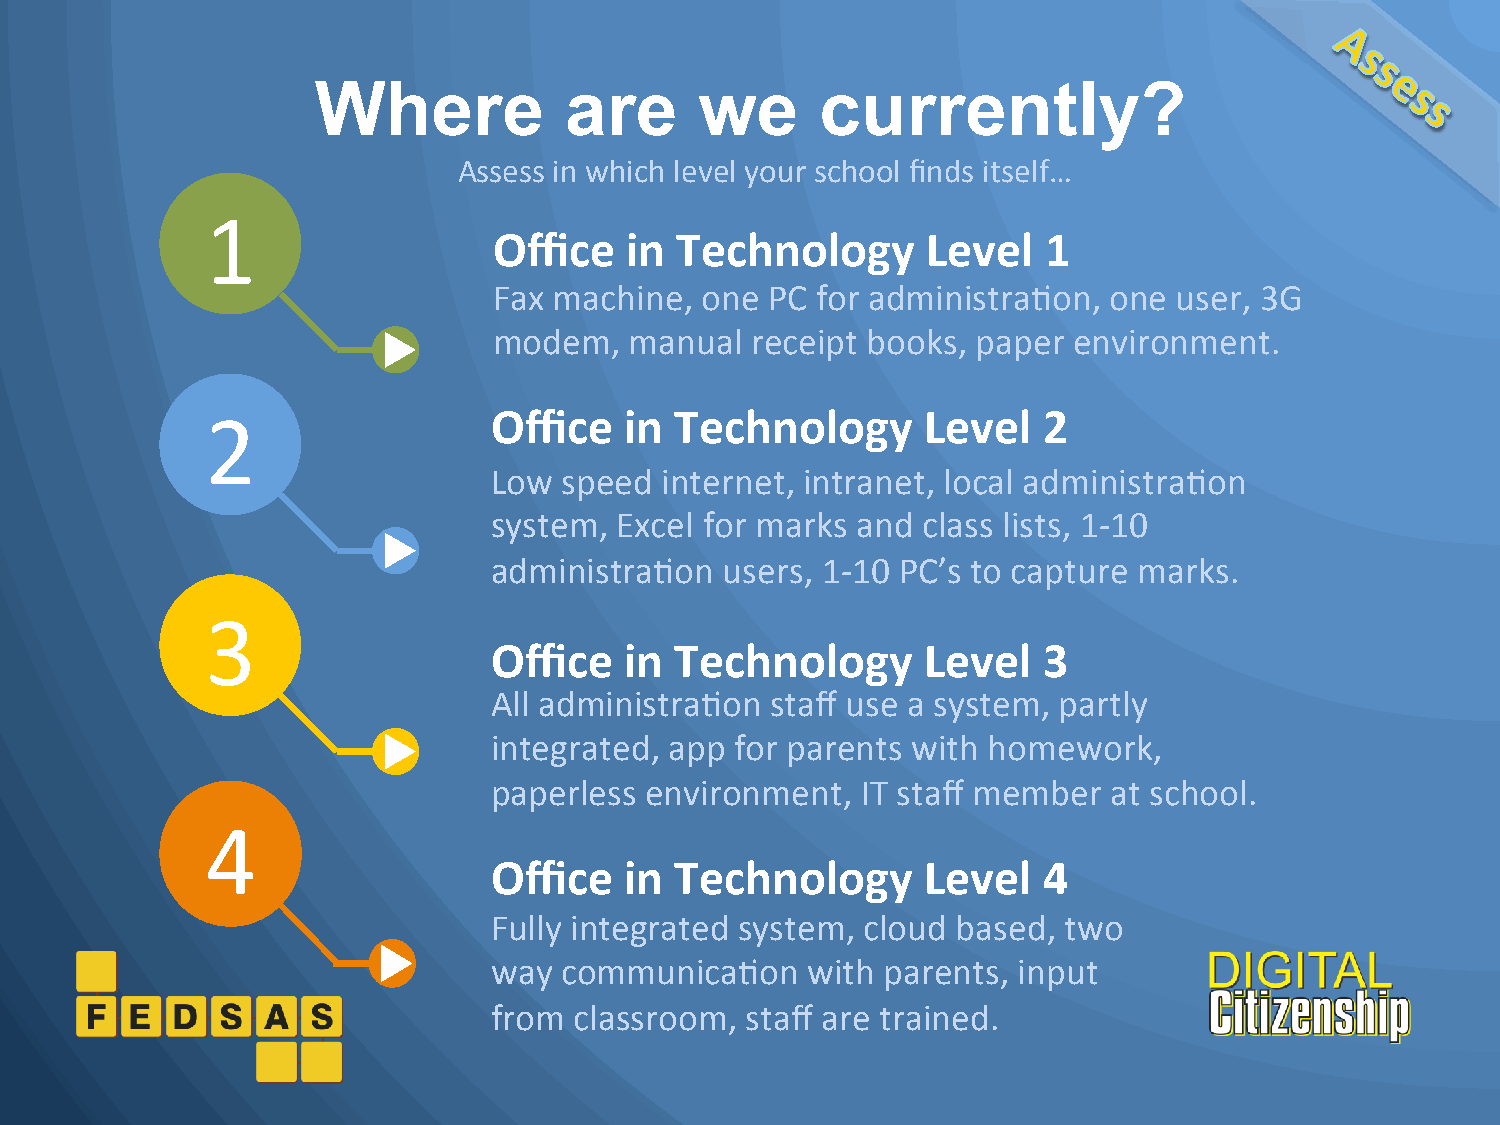
Where           are      we      currently?
 Assess in which level your school finds itself…
 1
 Office  in  Technology      Level   1
 Fax machine, one  PC for administraNon, one  user, 3G
 modem,   manual  receipt books, paper environment.
 2                  Office  in  Technology      Level   2
 Low speed  internet, intranet, local administraNon
 system, Excel for marks and class lists, 1-­‐10
 administraNon  users, 1-­‐10 PC’s to capture marks.
 3
 Office  in  Technology      Level   3
 All administraNon staff use a system, partly
 integrated, app for parents with homework,
 paperless environment,  IT staff member  at school.
 4
 Office  in  Technology      Level   4
 Fully integrated system, cloud based, two
 way communicaNon    with  parents, input
 from classroom, staff are trained.